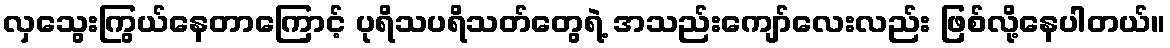
လှသွေးကြွယ်နေတာကြောင့် ပုရိသပရိသတ်တွေရဲ့ အသည်းကျော်လေးလည်း ဖြစ်လို့နေပါတယ်။